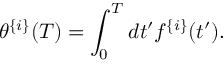
\theta ^ { \{ i \} } ( T ) = \int _ { 0 } ^ { T } d t ^ { \prime } f ^ { \{ i \} } ( t ^ { \prime } ) .